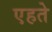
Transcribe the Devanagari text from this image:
एहते